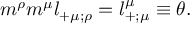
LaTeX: { m } ^ { \rho } { m } ^ { \mu } l _ { + \mu ; \rho } = l _ { + ; \mu } ^ { \mu } \equiv \theta .